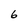
Character: 6